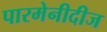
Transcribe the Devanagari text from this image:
पारमेनीदीज